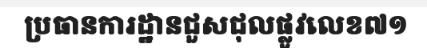
ប្រធានការដ្ឋានជួសជុលផ្លូវលេខ៧១